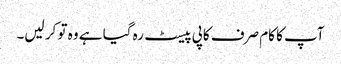
آپ کا کام صرف کاپی پیسٹ رہ گیا ہے وہ تو کر لیں۔